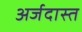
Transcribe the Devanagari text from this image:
अर्जदास्‍त